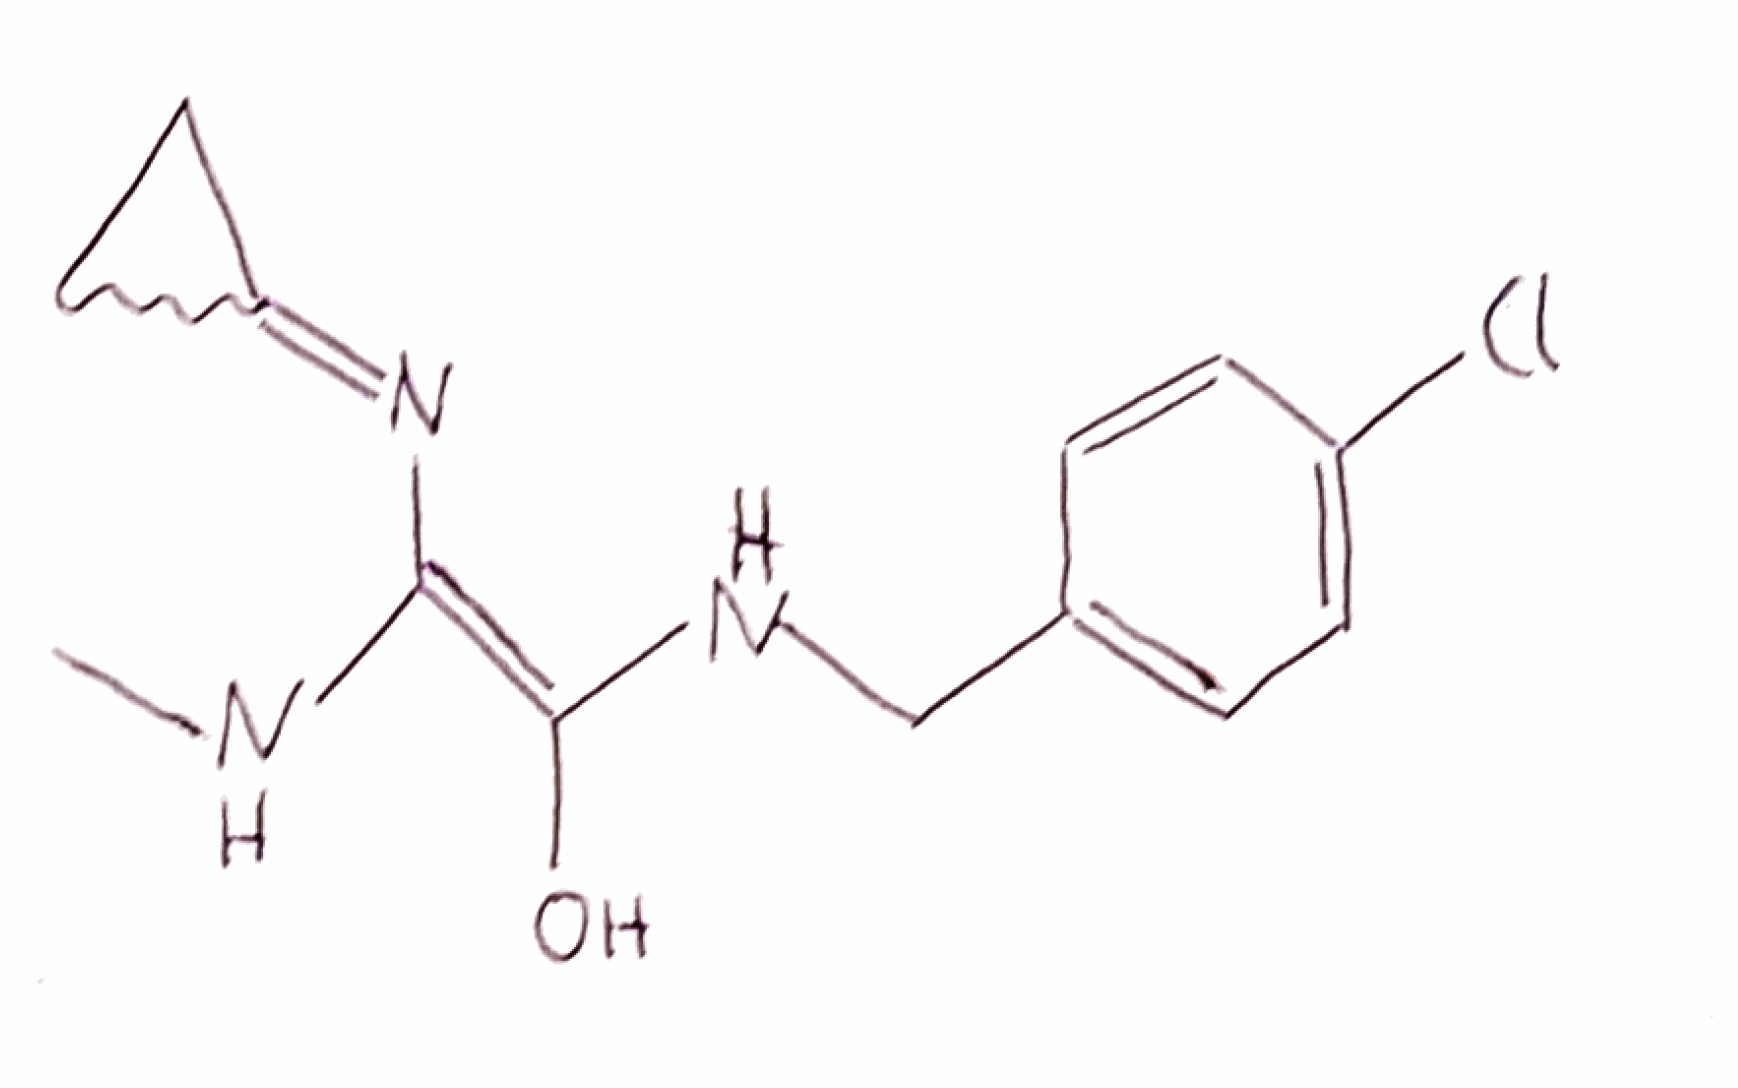
Simplified molecular-input line-entry system (SMILES) notation of the given molecule:
CN/C(=C(/NCC1=CC=C(C=C1)Cl)\O)/N=C2CC2